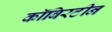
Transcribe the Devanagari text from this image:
कॉबिरटीन